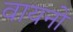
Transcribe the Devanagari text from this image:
वायनो